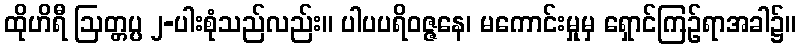
ထိုဟိရီ ဩတ္တပ္ပ ၂-ပါးစုံသည်လည်း။ ပါပပရိဝဇ္ဇနေ၊ မကောင်းမှုမှ ရှောင်ကြဉ်ရာအခါ၌။